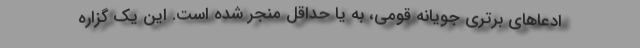
ادعاهای برتری جویانه قومی، به یا حداقل منجر شده است. این یک گزاره